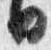
日